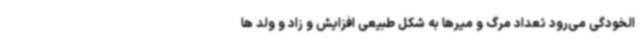
الخودگی می‌رود تعداد مرگ و میرها به شکل طبیعی افزایش و زاد و ولد ها